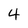
Character: 4